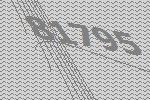
81795